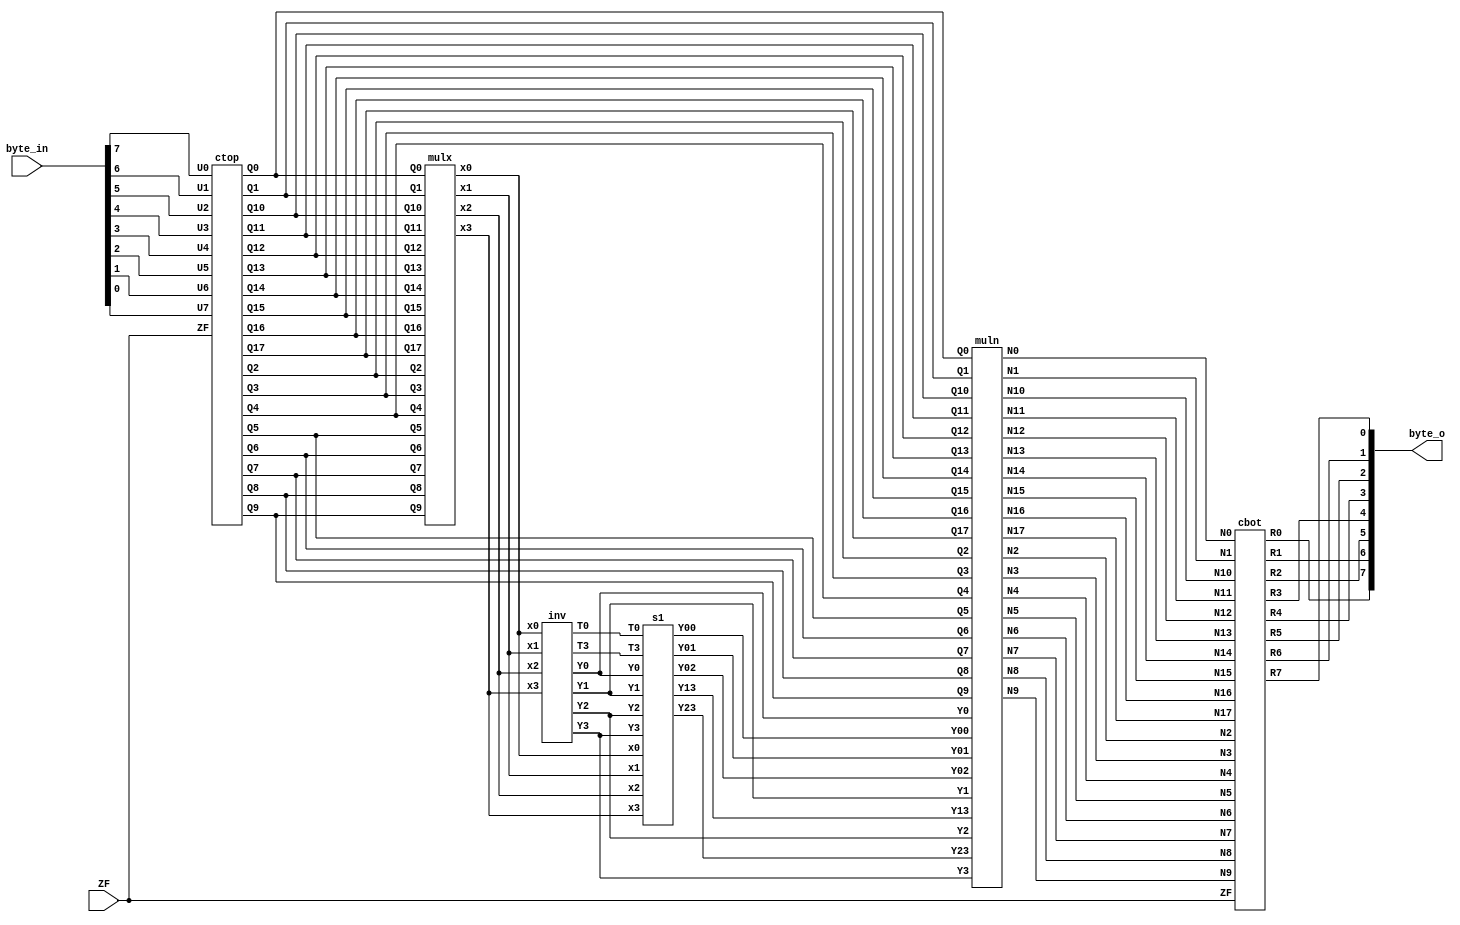
// Trade off combine version

module SubBytes_mix (
    output [7:0] byte_o,
    input [7:0] byte_in,
    input ZF
);
    // Top Signal
    wire U0, U1, U2, U3, U4, U5, U6, U7;
    wire R0, R1, R2, R3, R4, R5, R6, R7;

    assign U0 = byte_in[7];
    assign U1 = byte_in[6];
    assign U2 = byte_in[5];
    assign U3 = byte_in[4];
    assign U4 = byte_in[3];
    assign U5 = byte_in[2];
    assign U6 = byte_in[1];
    assign U7 = byte_in[0];

    assign byte_o = {R0, R1, R2, R3, R4, R5, R6, R7};
     
    // 
    wire Q0, Q1, Q2, Q3, Q4, Q5, Q6, Q7, Q8, Q9, Q10, Q11, Q12, Q13, Q14, Q15, Q16, Q17;
    wire x0, x1, x2, x3;
    wire Y00, Y01, Y02, Y13, Y23, Y0, Y1, Y2, Y3;
    wire N0, N1, N2, N3, N4, N5, N6, N7, N8, N9, N10, N11, N12, N13, N14, N15, N16, N17;
    wire T0, T3;
        
    // Instantiate ctop module
    ctop ctop_inst(
        .U0(U0), .U1(U1), .U2(U2), .U3(U3), .U4(U4), .U5(U5), .U6(U6), .U7(U7), .ZF(ZF),
        .Q0(Q0), .Q1(Q1), .Q2(Q2), .Q3(Q3), .Q4(Q4), .Q5(Q5), .Q6(Q6), .Q7(Q7), .Q8(Q8), .Q9(Q9), .Q10(Q10), 
        .Q11(Q11), .Q12(Q12), .Q13(Q13), .Q14(Q14), .Q15(Q15), .Q16(Q16), .Q17(Q17)
    );


    //  mulx 
    mulx mulx_inst (
        .Q0(Q0), .Q1(Q1), .Q2(Q2), .Q3(Q3), .Q4(Q4), .Q5(Q5), .Q6(Q6), .Q7(Q7), .Q8(Q8), .Q9(Q9),
        .Q10(Q10), .Q11(Q11), .Q12(Q12), .Q13(Q13), .Q14(Q14), .Q15(Q15), .Q16(Q16), .Q17(Q17),
        .x0(x0), .x1(x1), .x2(x2), .x3(x3)
    );

    //  inv 
    inv inv_inst (
        .x0(x0), .x1(x1), .x2(x2), .x3(x3),
        .T0(T0), .T3(T3),
        .Y0(Y0), .Y1(Y1), .Y2(Y2), .Y3(Y3)
    );

    //  s1 
    s1 s1_inst (
        .x0(x0), .x1(x1), .x2(x2), .x3(x3), .T0(T0), .T3(T3),
        .Y0(Y0), .Y1(Y1), .Y2(Y2), .Y3(Y3),
        .Y00(Y00), .Y01(Y01), .Y02(Y02), .Y13(Y13), .Y23(Y23)
    );

    //  muln 
    muln muln_inst (
        .Y00(Y00), .Y01(Y01), .Y02(Y02), .Y0(Y0), .Y1(Y1), .Y2(Y2), .Y3(Y3), .Y13(Y13), .Y23(Y23),
        .Q0(Q0), .Q1(Q1), .Q2(Q2), .Q3(Q3), .Q4(Q4), .Q5(Q5), .Q6(Q6), .Q7(Q7),
        .Q8(Q8), .Q9(Q9), .Q10(Q10), .Q11(Q11), .Q12(Q12), .Q13(Q13), .Q14(Q14), .Q15(Q15), .Q16(Q16), .Q17(Q17),
        .N0(N0), .N1(N1), .N2(N2), .N3(N3), .N4(N4), .N5(N5), .N6(N6), .N7(N7),
        .N8(N8), .N9(N9), .N10(N10), .N11(N11), .N12(N12), .N13(N13), .N14(N14), .N15(N15), .N16(N16), .N17(N17)
    );


    // Instantiate cbot module
    cbot cbot_inst(
        .N0(N0), .N1(N1), .N2(N2), .N3(N3), .N4(N4), .N5(N5), .N6(N6), .N7(N7),
        .N8(N8), .N9(N9), .N10(N10), .N11(N11), .N12(N12), .N13(N13), .N14(N14), .N15(N15), .N16(N16), .N17(N17), .ZF(ZF),
        .R0(R0), .R1(R1), .R2(R2), .R3(R3), .R4(R4), .R5(R5), .R6(R6), .R7(R7)
    );

endmodule

// ctop.a
// ctop module for Combined SBox processing
module ctop(
    input wire U0, U1, U2, U3, U4, U5, U6, U7, ZF,
    output wire Q0, Q1, Q2, Q3, Q4, Q5, Q6, Q7, Q8, Q9, Q10, Q11, Q12, Q13, Q14, Q15, Q16, Q17
);
    wire A0, A1, A2, A3, A4, A5, A6, A7, A8, A9, A10, A11, A12, A13, A14, A15, A16, A17, A18, A19, A20, A21, A22;

    assign A0 = ~(U0 ^ U6);
    assign Q1 = ~(U1 ^ ZF);
    assign A1 = U2 ^ U5;
    assign A2 = ~(U3 ^ U4);
    assign A3 = ~(U3 ^ U7);
    assign A4 = (ZF ? A2 : U2);
    assign A5 = A0 ^ A1;
    assign Q6 = A4 ^ A5;
    assign A6 = ~(Q1 ^ A1);
    assign A7 = ~(ZF ? U0 : A3);
    assign Q4 = A5 ^ A7;
    assign Q3 = Q1 ^ Q4;
    assign A8 = ~(ZF ? U6 : A2);
    assign A9 = Q1 ^ A3;
    assign Q9 = A8 ^ A9;
    assign Q10 = Q4 ^ Q9;
    assign A10 = ~(A4 ^ A7);
    assign Q7 = ~(Q9 ^ A10);
    assign Q8 = ~(Q1 ^ A10);
    assign A11 = ~(U0 ^ U2);
    assign Q0 = ZF ^ A11;
    assign A12 = U1 ^ U3;
    assign A13 = A1 ^ A12;
    assign A14 = (ZF ? A13 : A11);
    assign Q15 = U4 ^ A14;
    assign A15 = ~(ZF ? U5 : A0);
    assign Q5 = ~(A14 ^ A15);
    assign Q17 = ~(U4 ^ A15);
    assign A16 = (ZF ? A5 : A2);
    assign Q16 = ~(A13 ^ A16);
    assign A17 = A3 ^ A8;
    assign Q2 = ~(A10 ^ A17);
    assign A18 = U4 ^ U6;
    assign A19 = U1 ^ U2;
    assign Q11 = Q6 ^ A19;
    assign A20 = (ZF ? A18 : A19);
    assign Q13 = U5 ^ A20;
    assign A21 = ~(U4 ^ Q0);
    assign Q14 = ~(A14 ^ A21);
    assign A22 = ~(A4 ^ A6);
    assign Q12 = ~(U6 ^ A22);

endmodule
// mulx.a
module mulx (
    input wire Q0, Q1, Q2, Q3, Q4, Q5, Q6, Q7, Q8, Q9, Q10, Q11, Q12, Q13, Q14, Q15, Q16, Q17,
    output wire x0, x1, x2, x3
);

    wire T20, T21, T22, T10, T11, T12, T13;

    // Intermediate computations
    assign T20 = ~(Q6 & Q12); // NAND
    assign T21 = ~(Q3 & Q14); // NAND
    assign T22 = ~(Q1 & Q16); // NAND
    assign T10 = (~(Q3 | Q14)) ^ (~(Q0 & Q7)); // NOR ^ NAND
    assign T11 = (~(Q4 | Q13)) ^ (~(Q10 & Q11)); // NOR ^ NAND
    assign T12 = (~(Q2 | Q17)) ^ (~(Q5 & Q9)); // NOR ^ NAND
    assign T13 = (~(Q8 | Q15)) ^ (~(Q2 & Q17)); // NOR ^ NAND

    // Outputs
    assign x0 = T10 ^ (T20 ^ T22);
    assign x1 = T11 ^ (T21 ^ T20);
    assign x2 = T12 ^ (T21 ^ T22);
    assign x3 = T13 ^ (T21 ^ (~(Q4 & Q13))); // NAND

endmodule

// inv.a
module inv (
    input wire x0, x1, x2, x3,
    output wire T0, T3,
    output wire Y0, Y1, Y2, Y3
);
    wire T1, T2, T4;

    // Intermediate computations
    assign T0 = ~(x0 & x2); // NAND
    assign T1 = ~(x1 | x3); // NOR
    assign T2 = ~(T0 ^ T1); // XNOR
    assign Y0 = (x2 & T2) | (~x2 & x3); // MUX
    assign Y2 = (x0 & T2) | (~x0 & x1); // MUX
    assign T3 = (x1 & x2) | (~x1 & 1); // MUX
    assign Y1 = (T2 & x3) | (~T2 & T3); // MUX
    assign T4 = (x3 & x0) | (~x3 & 1); // MUX
    assign Y3 = (T2 & x1) | (~T2 & T4); // MUX

endmodule


// s1.a
module s1 (
    input wire x0, x1, x2, x3,
    input wire T0, T3,
    input wire Y0, Y1, Y2, Y3,
    output wire Y00, Y01, Y02, Y13, Y23
);

    wire T5, T6;

    // Intermediate computations
    assign T5 = (x0 & T0) | (~x0 & x3); // MUX
    assign Y23 = (x1 & T5) | (~x1 & x0); // MUX
    assign T6 = ~((T3 & x2) | (~T3 & x3)); // NMUX
    assign Y01 = ~((T0 & T6) | (~T0 & x3)); // NMUX

    // Outputs
    assign Y02 = Y2 ^ Y0;
    assign Y13 = Y3 ^ Y1;
    assign Y00 = Y01 ^ Y23;

endmodule

// muln.a
module muln (
    input wire Y00, Y01, Y02, Y0, Y1, Y2, Y3, Y13, Y23,
    input wire Q0, Q1, Q2, Q3, Q4, Q5, Q6, Q7, Q8, Q9, Q10, Q11, Q12, Q13, Q14, Q15, Q16, Q17,
    output wire N0, N1, N2, N3, N4, N5, N6, N7, N8, N9, N10, N11, N12, N13, N14, N15, N16, N17
);

    // Intermediate computations
    assign N0 = ~(Y01 & Q11); // NAND
    assign N1 = ~(Y0 & Q12);  // NAND
    assign N2 = ~(Y1 & Q0);   // NAND
    assign N3 = ~(Y23 & Q17); // NAND
    assign N4 = ~(Y2 & Q5);   // NAND
    assign N5 = ~(Y3 & Q15);  // NAND
    assign N6 = ~(Y13 & Q14); // NAND
    assign N7 = ~(Y00 & Q16); // NAND
    assign N8 = ~(Y02 & Q13); // NAND
    assign N9 = ~(Y01 & Q7);  // NAND
    assign N10 = ~(Y0 & Q10); // NAND
    assign N11 = ~(Y1 & Q6);  // NAND
    assign N12 = ~(Y23 & Q2); // NAND
    assign N13 = ~(Y2 & Q9);  // NAND
    assign N14 = ~(Y3 & Q8);  // NAND
    assign N15 = ~(Y13 & Q3); // NAND
    assign N16 = ~(Y00 & Q1); // NAND
    assign N17 = ~(Y02 & Q4); // NAND

endmodule

// cbot module for probabilistic heuristic processing in Combined SBox
module cbot(
    input wire N0, N1, N2, N3, N4, N5, N6, N7, N8, N9, N10, N11, N12, N13, N14, N15, N16, N17, ZF,
    output wire R0, R1, R2, R3, R4, R5, R6, R7
);
    wire H1, H3, H4, H5, H6, H8, H9, S4, H10, H11, S14, H12, H13, H14, H15, H16, H17, H18, H29, H30, S1, H19, S6, S11, H20, S0, S5, H21, H22, S12, S13, H23, H24, H25, H26, S7, S2, S3, H27, H28, S15, R3_temp, R4_temp, R5_temp, R6_temp, R7_temp;

    assign H1 = N1 ^ N3;
    assign H3 = N15 ^ N17;
    assign H4 = N12 ^ N13;
    assign H5 = N0 ^ H1;
    assign H6 = N7 ^ N8;
    assign H8 = N10 ^ N11;
    assign H9 = H4 ^ H8;
    assign S4 = H3 ^ H9;
    assign H10 = N12 ^ N14;
    assign H11 = N16 ^ H8;
    assign S14 = N17 ^ H11;
    assign H12 = N1 ^ N2;
    assign H13 = N3 ^ N5;
    assign H14 = N4 ^ N5;
    assign H15 = N9 ^ N11;
    assign H16 = N6 ^ H13;
    assign H17 = H6 ^ H14;
    assign H18 = N4 ^ H5;
    assign H30 = H18 ^ ZF;
    assign S1 = H17 ^ H30;
    assign H19 = H3 ^ H15;
    assign S6 = ~(H18 ^ H19);
    assign S11 = H17 ^ H19;
    assign H20 = H10 ^ H15;
    assign S0 = ~(S6 ^ H20);
    assign S5 = H17 ^ H20;
    assign H21 = N7 ^ H12;
    assign H22 = H16 ^ H21;
    assign S12 = H20 ^ H22;
    assign S13 = S4 ^ H22;
    assign H23 = N15 ^ N16;
    assign H24 = N9 ^ N10;
    assign H25 = N8 ^ H24;
    assign H26 = H12 ^ H14;
    assign S7 = ~(S4 ^ H26);
    assign H27 = H4 ^ H23;
    assign S2 = H30 ^ H27;
    assign H28 = N8 ^ H16;
    assign S3 = S14 ^ H28;
    assign H29 = H21 ^ H25;
    assign S15 = H23 ^ H29;

    // Conditional multiplexing based on ZF for R3 to R7 outputs
    assign R3_temp = (ZF ? S3 : S11);
    assign R4_temp = (ZF ? S4 : S12);
    assign R5_temp = (ZF ? S5 : S13);
    assign R6_temp = (ZF ? S6 : S14);
    assign R7_temp = (ZF ? S7 : S15);

    assign R0 = S0;
    assign R1 = S1;
    assign R2 = S2;
    assign R3 = R3_temp;
    assign R4 = R4_temp;
    assign R5 = R5_temp;
    assign R6 = R6_temp;
    assign R7 = R7_temp;

endmodule